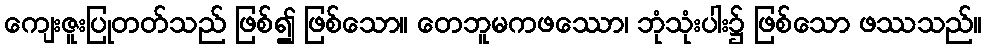
ကျေးဇူးပြုတတ်သည် ဖြစ်၍ ဖြစ်သော။ တေဘူမကဖဿော၊ ဘုံသုံးပါး၌ ဖြစ်သော ဖဿသည်။